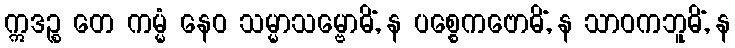
ဣဒဉ္စ တေ ကမ္မံ နေဝ သမ္မာသမ္ဗောဓိံ, န ပစ္စေကဗောဓိံ, န သာဝကဘူမိံ, န